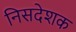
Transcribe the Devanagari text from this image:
निसदेशक